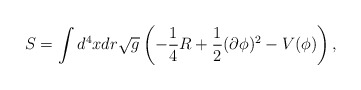
\begin{align*}S = \int d^4x dr \sqrt{g}\left( -\frac{1}{4} R +\frac{1}{2}(\partial\phi)^2 - V(\phi) \right),\end{align*}